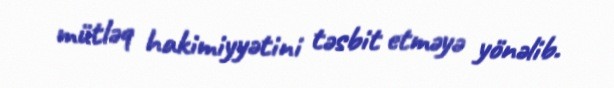
mütləq hakimiyyətini təsbit etməyə yönəlib.